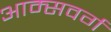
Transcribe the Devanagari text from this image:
आम्सवर्ग